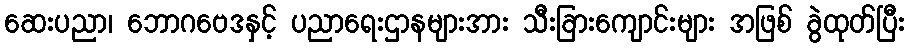
ဆေးပညာ၊ ဘောဂဗေဒနှင့် ပညာရေးဌာနများအား သီးခြားကျောင်းများ အဖြစ် ခွဲထုတ်ပြီး